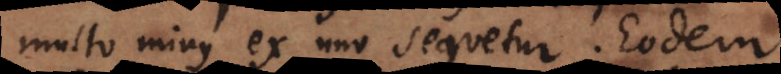
multo minus ex uno sequetur. Eodem